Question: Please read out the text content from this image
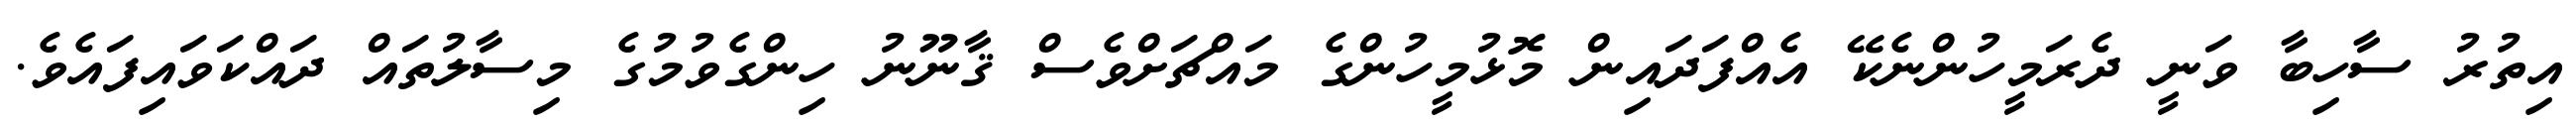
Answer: އިތުރު ސާހިބާ ވަނީ ދެރަމީހުންނެކޭ އެއްފަދައިން މޮޅުމީހުންގެ މައްޗަށްވެސް ޤާނޫނު ހިންގެވުމުގެ މިސާލުތައް ދައްކަވައިފައެވެ.